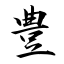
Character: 豊